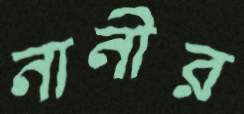
নানীর